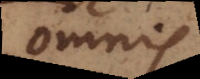
omnis